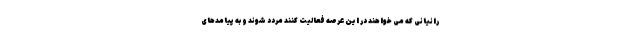
رانیانی که می خواهند در این عرصه فعالیت کنند مردد شوند و به پیامدهای